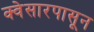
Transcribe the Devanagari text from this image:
क्वेसारपासून